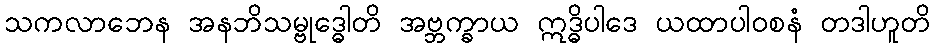
သကလာဘေန အနဘိသမ္ဗုဒ္ဓေါတိ အဗ္ဘက္ခာယ ဣဒ္ဓိပါဒေ ယထာပါဝစနံ တဒါဟူတိ